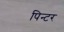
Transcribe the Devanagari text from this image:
पिन्टर